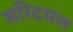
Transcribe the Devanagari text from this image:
सरिदमल